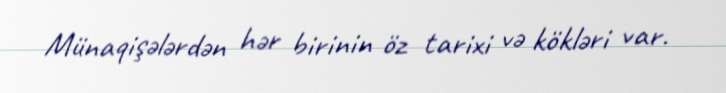
Münaqişələrdən hər birinin öz tarixi və kökləri var.